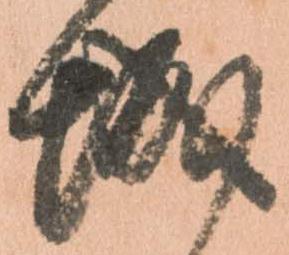
城